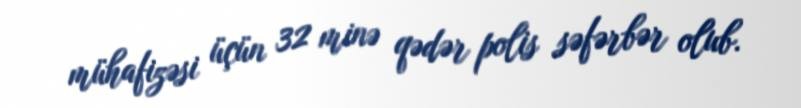
mühafizəsi üçün 32 minə qədər polis səfərbər olub.